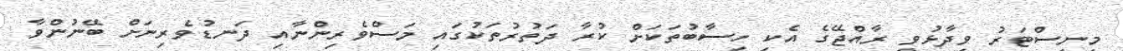
މިނިސްޓަރު ވިދާޅުވީ ރާއްޖޭގެ އެކި ހިސާބުތަކަށް ކުރާ ދަތުރުތަކުގައި މަސްވެރިންނާއި ދަނޑުވެރިނަށް ބޭނުންވާ